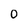
Character: 0